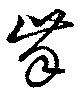
齒